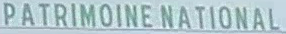
PATRIMOINE NATIONAL